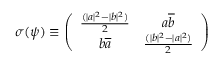
\sigma ( \psi ) \equiv \left( \begin{array} { c c } { { \frac { ( | a | ^ { 2 } - | b | ^ { 2 } ) } { 2 } } } & { { a \overline { { { b } } } } } \\ { { b \overline { { { a } } } } } & { { \frac { ( | b | ^ { 2 } - | a | ^ { 2 } ) } { 2 } } } \end{array} \right)